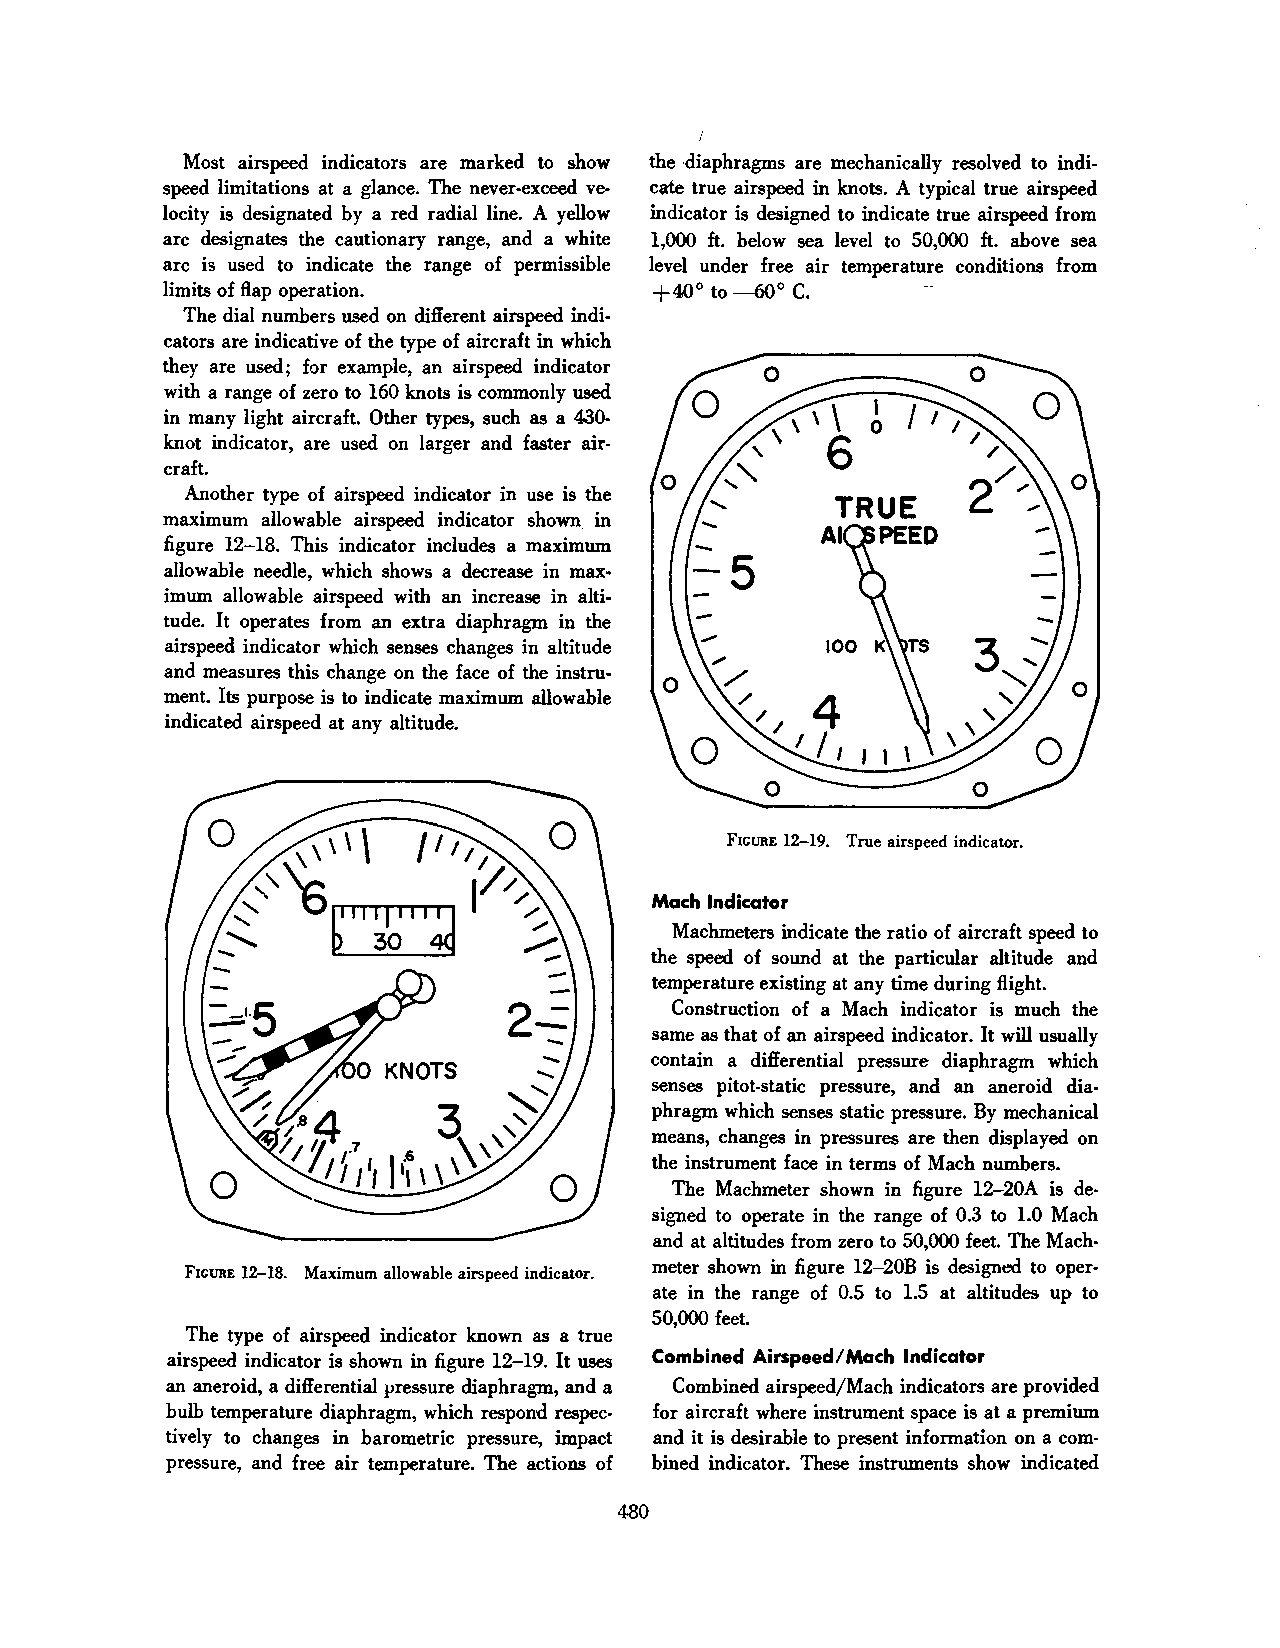
Most airspeed indicators are marked to show the diaphragms are mechanically resolved to indi
 speed limitations at a glance. The never-exceed ve cate true airspeed in knots. A typical true airspeed
 locity is designated by a red radial line. A yellow indicator is designed to indicate true airspeed from
 arc designates the cautionary range, and a white 1,000 ft. below sea level to 50,000 ft. above sea
 arc is used to indicate the range of permissible level under free air temperature conditions from
 limits of flap operation.       +40° to -60° C.
 The dial numbers used on different airspeed indi
 cators are indicative of the type of aircraft in which
 they are used; for example, an airspeed indicator
 with a range of zero to 160 knots is commonly used
 in many light aircraft. Other types, such as a 430-
 knot indicator, are used on larger and faster air
 craft.
 Another type of airspeed indicator in use is the
 maximum allowable airspeed indicator shown. in
 figure 12-18. This indicator includes a maximum
 allowable needle, which shows a decrease in max
 imum allowable airspeed with an increase in alti
 tude. It operates from an extra diaphragm in the
 airspeed indicator which senses changes in altitude
 and measures this change on the face of the instru
 ment. Its purpose is to indicate maximum allowable
 indicated airspeed at any altitude.
 FIGURE 12-19. True airspeed indicator.
 Mach Indicator
 Machmeters indicate the ratio of aircraft speed to
 the speed of sound at the particular altitude and
 temperature existing at any time during flight.
 Construction of a Mach indicator is much the
 same as that of an airspeed indicator. It will usually
 contain a differential pressure diaphragm which
 senses pitot-static pressure, and an aneroid dia
 phragm which senses static pressure. By mechanical
 means, changes in pressures are then displayed on
 the instrument face in terms of Mach numbers.
 The Machmeter shown in figure 12-20A is de
 signed to operate in the range of 0.3 to l.O Mach
 and at altitudes from zero to 50,000 feet. The Mach
 meter shown in figure 12-20B is designed to oper
 FIGURE 12-18. Maximum allowable airspeed indicator.
 ate in the range of 0.5 to 1.5 at altitudes up to
 50,000 feet.
 The type of airspeed indicator known as a true
 airspeed indicator is shown in figure 12-19. It uses Combined Airspeed/Mach Indicator
 an aneroid, a differential :Pressure diaphragm, and a Combined airspeed/Mach indicators are provided
 bulb temperature diaphragm, which respond respec for aircraft where instrument space is at a premium
 tively to changes in barometric pressure, impact and it is desirable to present information on a com
 pressure, and free air temperature. The actions of bined indicator. These instruments show indicated
 480